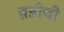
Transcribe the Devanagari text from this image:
ब्रँडीची